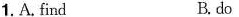
1.A. Find B do